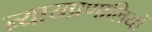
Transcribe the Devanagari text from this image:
न्यायप्रणालियों